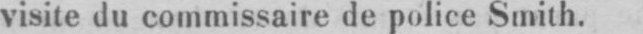
visite du commissaire de police Smith.